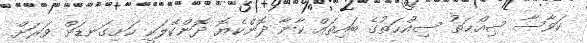
ކަވާސާ ޞިއްޙަތު ޞިއްޙަތުގެ ބައިތައް ކާނާ ދޮންކެޔޮ ދޮންކޭލަކީ ހަށިގަނޑަށް ވަރަށް